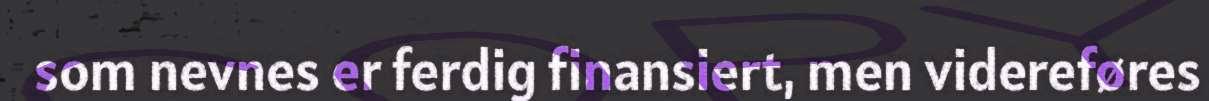
som nevnes er ferdig finansiert, men videreføres